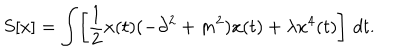
S [ x ] = \int \! \left[ \frac { 1 } { 2 } x ( t ) ( - \partial ^ { 2 } + m ^ { 2 } ) x ( t ) + \lambda x ^ { 4 } ( t ) \right] \, d t .